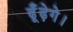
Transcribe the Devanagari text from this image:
ढूँढ़ेगे।